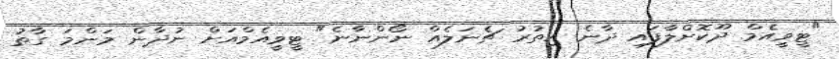
"ޓީވީއެމް ދޫކޮށްލާފައި ދާނެ އިތުރު ޗެނަލެއް ނޯންނާނެ" ޓީވީއެމްއަށް ނުދާން މަންމަ ގާތު